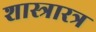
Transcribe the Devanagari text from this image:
शास्त्रारत्र